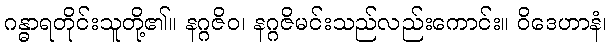
ဂန္ဓာရတိုင်းသူတို့၏။ နဂ္ဂဇိဝ၊ နဂ္ဂဇိမင်းသည်လည်းကောင်း။ ဝိဒေဟာနံ၊